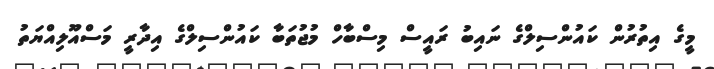
މީގެ އިތުރުން ކައުންސިލްގެ ނައިބު ރައީސް މިސްބާހް މުޖުތަބާ ކައުންސިލްގެ އިދާރީ މަސްއޫލިއްޔަތު